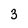
Character: 3